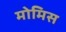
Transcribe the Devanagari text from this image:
मोमिस